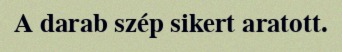
A darab szép sikert aratott.